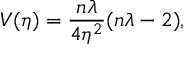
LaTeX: V ( \eta ) = \frac { n \lambda } { 4 \eta ^ { 2 } } ( n \lambda - 2 ) ,